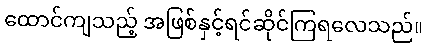
ထောင်ကျသည့် အဖြစ်နှင့်ရင်ဆိုင်ကြရလေသည်။